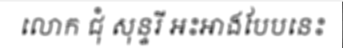
លោក ជុំ សុន្ទរី អះអាងបែបនេះ